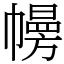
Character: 㡢